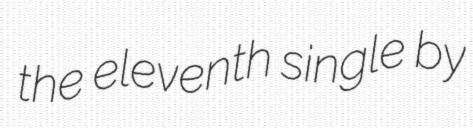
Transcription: the eleventh single by